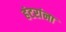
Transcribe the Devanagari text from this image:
हंटरांना